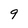
Character: 9